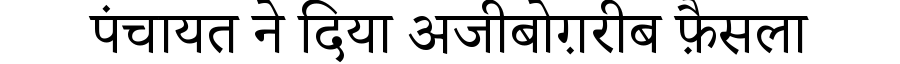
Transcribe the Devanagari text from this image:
पंचायत ने दिया अजीबोग़रीब फ़ैसला